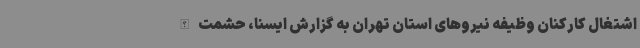
اشتغال کارکنان وظیفه نیروهای استان تهران به گزارش ایسنا، حشمت الله